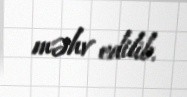
məhv edilib.